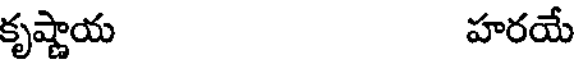
కృష్ణాయ హరయే